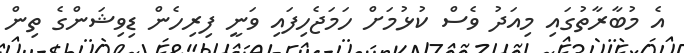
އެ މުބާރާތުގައި މިއަދު ވެސް ކުޅުމަށް ހަމަޖެހިފައި ވަނީ ފިރިހެން ޑިވިޝަންގެ ތިން